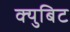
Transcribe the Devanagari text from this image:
क्युबिट